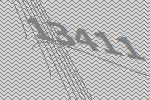
13411